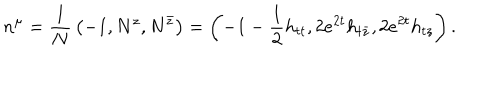
n ^ { \mu } = { \frac { 1 } { N } } \left( - 1 , N ^ { z } , N ^ { \bar { z } } \right) = \left( - 1 - { \frac { 1 } { 2 } } h _ { t t } , 2 e ^ { 2 t } h _ { t \bar { z } } , 2 e ^ { 2 t } h _ { t z } \right) .